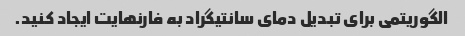
الگوریتمی برای تبدیل دمای سانتیگراد به فارنهایت ایجاد کنید.